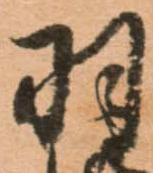
羽